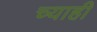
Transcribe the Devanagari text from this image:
च्याही